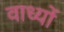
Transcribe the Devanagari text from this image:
वाध्यों